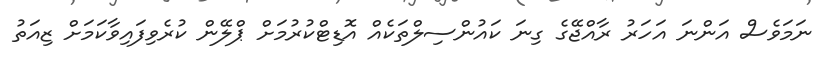
ނަމަވެސް އަންނަ އަހަރު ރާއްޖޭގެ ގިނަ ކައުންސިލްތަކެއް އޮޑިޓްކުރުމަށް ޕްލޭން ކުރެވިފައިވާކަމަށް ޒިއަތު